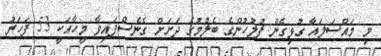
މި މައްސަލައާ ގުޅިގެން ފުލުހުންގެ ބެލުމުގެ ދަށަށް ގެނެސްފައިވާ މީހާއަކީ 53 ފަހަރު